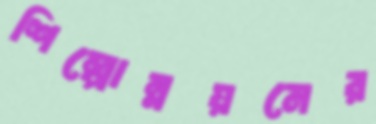
শিল্পোন্নয়নের